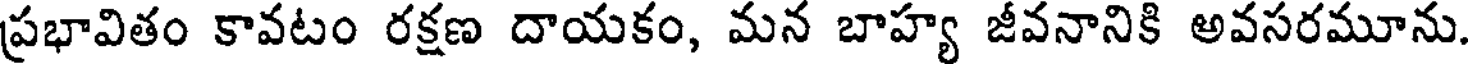
ప్రభావితం కావటం రక్షణ దాయకం, మన బాహ్య జీవనానికి అవసరమూను.